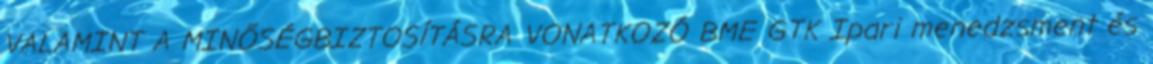
VALAMINT A MINŐSÉGBIZTOSÍTÁSRA VONATKOZÓ BME GTK Ipari menedzsment és